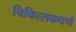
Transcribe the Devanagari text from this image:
चिकित्सकपणे